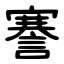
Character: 謇